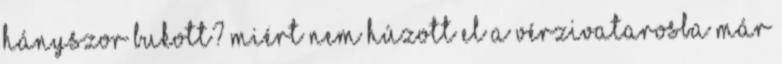
hányszor bukott? miért nem húzott el a vérzivatarosba már